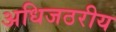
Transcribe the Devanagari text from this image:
अधिजठरीय